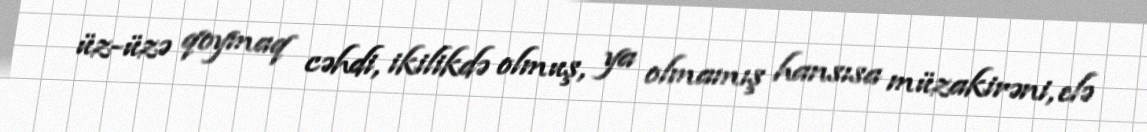
üz-üzə qoymaq cəhdi, ikilikdə olmuş, ya olmamış hansısa müzakirəni, elə